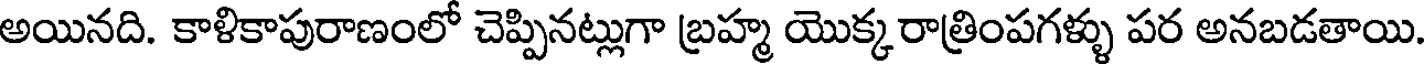
అయినది. కాళికాపురాణంలో చెప్పినట్లుగా బ్రహ్మ యొక్కరాత్రింపగళ్ళు పర అనబడతాయి.